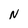
Character: N